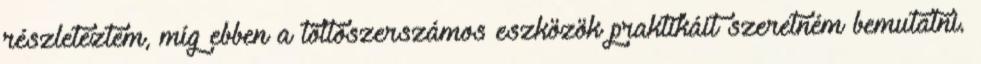
részleteztem, míg ebben a töltőszerszámos eszközök praktikáit szeretném bemutatni.